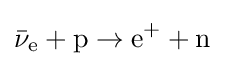
{\bar {\nu }}_{\mathrm {e} }+\mathrm {p} \rightarrow \mathrm {e} ^{+}+\mathrm {n}